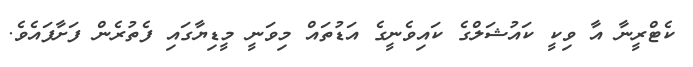
ކެޓްރީނާ އާ ވިކީ ކައުޝަލްގެ ކައިވެނީގެ އަޑުތައް މިވަނީ މީޑިޔާގައި ފެތުރެން ފަށާފައެވެ.